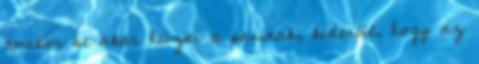
amikor be akar húzni a pasinak, kiderül, hogy az